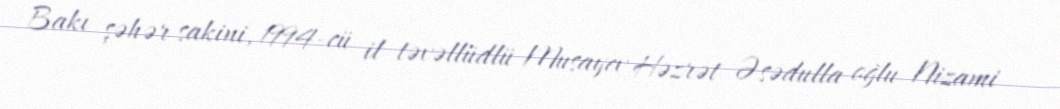
Bakı şəhər sakini, 1994-cü il təvəllüdlü Musayev Həzrət Əsədulla oğlu Nizami